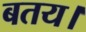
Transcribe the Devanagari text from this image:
बतय।